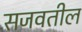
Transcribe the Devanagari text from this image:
सजवतील